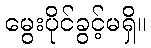
မွေးပိုင်ခွင့်မရှိ။